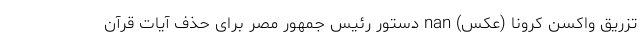
تزریق واکسن کرونا (عکس) nan دستور رئیس جمهور مصر برای حذف آیات قرآن